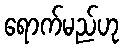
ရောက်မည်ဟု